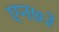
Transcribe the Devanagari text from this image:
एन७३